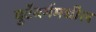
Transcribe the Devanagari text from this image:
वुर्टेंबर्गमधील